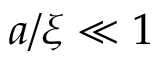
a / \xi \ll 1